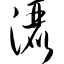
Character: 洒